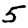
Digit: 5